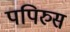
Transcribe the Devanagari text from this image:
पपिरुस